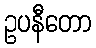
ဥပနီတော